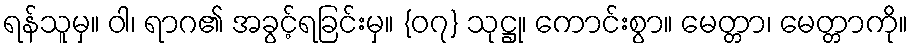
ရန်သူမှ။ ဝါ၊ ရာဂ၏ အခွင့်ရခြင်းမှ။ {၀၇} သုဋ္ဌု၊ ကောင်းစွာ။ မေတ္တာ၊ မေတ္တာကို။